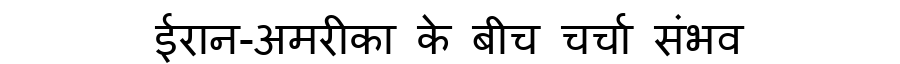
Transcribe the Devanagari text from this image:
ईरान-अमरीका के बीच चर्चा संभव